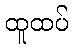
ထူထပ်